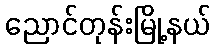
ညောင်တုန်းမြို့နယ်